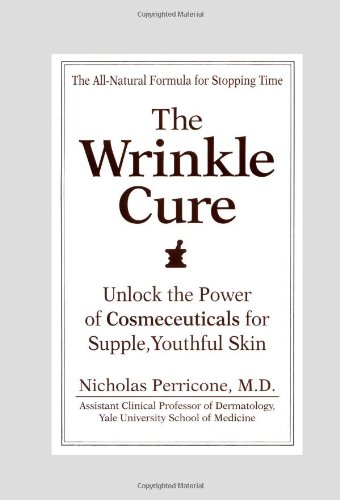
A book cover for THE WRINKLE CURE; Nicholas Perricone; Health, Fitness & Dieting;